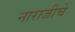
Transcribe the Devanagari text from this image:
नाराजीचे